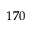
1 7 0